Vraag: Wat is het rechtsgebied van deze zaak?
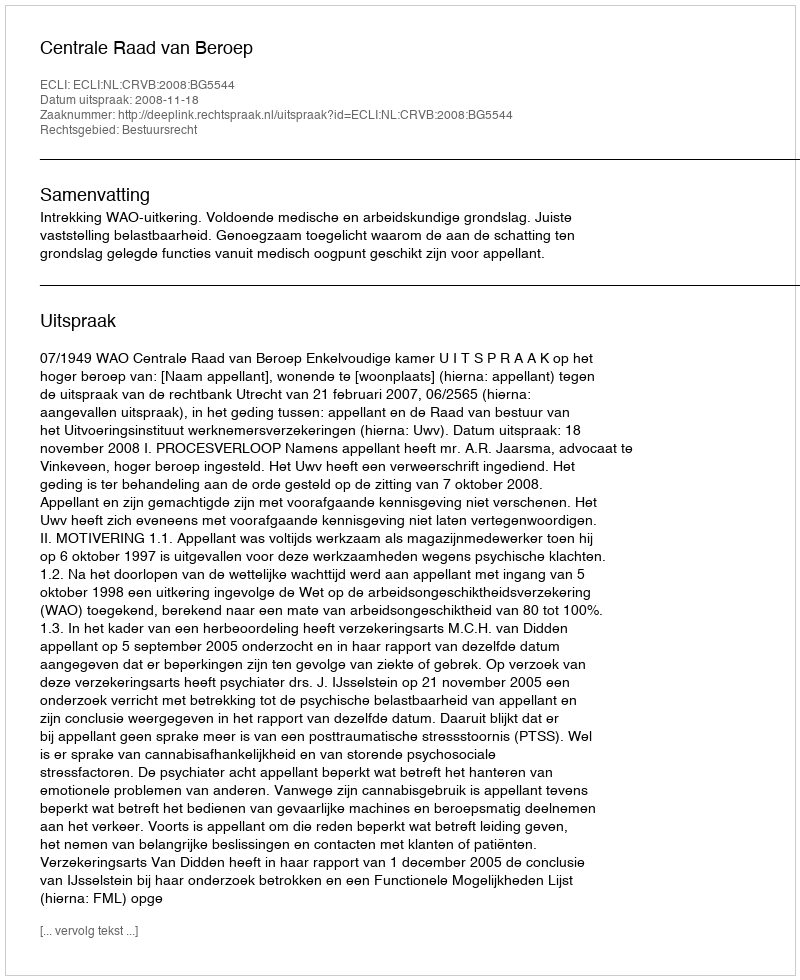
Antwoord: Bestuursrecht